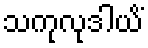
သကုလုဒါယိံ